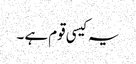
یہ کیسی قوم ہے ۔